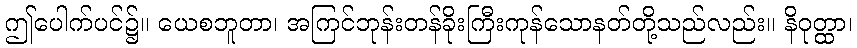
ဤပေါက်ပင်၌။ ယေစဘူတာ၊ အကြင်ဘုန်းတန်ခိုးကြီးကုန်သောနတ်တို့သည်လည်း။ နိဝုတ္ထာ၊